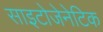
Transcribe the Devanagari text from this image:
साइटोजेनेटिक